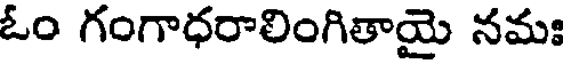
ఓం గంగాధరాలింగితాయై నమః